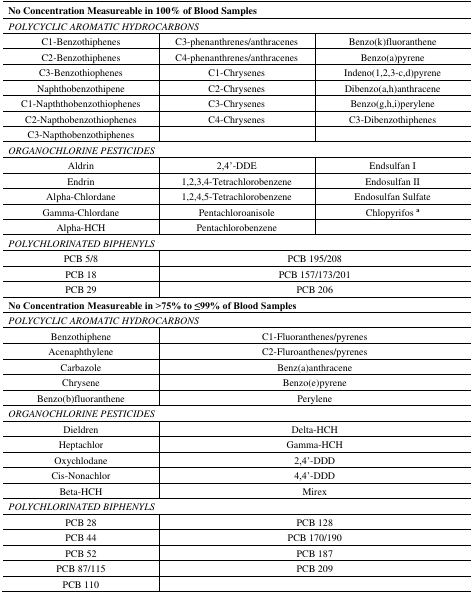
<table><thead><tr><td colspan="3"><b>No Concentration Measureable in 100% of Blood Samples</b></td></tr></thead><tbody><tr><td colspan="3"><i>POLYCYCLIC AROMATIC HYDROCARBONS</i></td></tr><tr><td>C1-Benzothiphenes</td><td>C3-phenanthrenes/anthracenes</td><td>Benzo(k)fluoranthene</td></tr><tr><td>C2-Benzothiphenes</td><td>C4-phenanthrenes/anthracenes</td><td>Benzo(a)pyrene</td></tr><tr><td>C3-Benzothiophenes</td><td>C1-Chrysenes</td><td>Indeno(1,2,3-c,d)pyrene</td></tr><tr><td>Naphthobenzothipene</td><td>C2-Chrysenes</td><td>Dibenzo(a,h)anthracene</td></tr><tr><td>C1-Napththobenzothiophenes</td><td>C3-Chrysenes</td><td>Benzo(g,h,i)perylene</td></tr><tr><td>C2-Napthobenzothiophenes</td><td>C4-Chrysenes</td><td>C3-Dibenzothiphenes</td></tr><tr><td>C3-Napthobenzothiphenes</td><td></td><td></td></tr><tr><td colspan="3"><i>ORGANOCHLORINE PESTICIDES</i></td></tr><tr><td>Aldrin</td><td>2,4’-DDE</td><td>Endsulfan I</td></tr><tr><td>Endrin</td><td>1,2,3,4-Tetrachlorobenzene</td><td>Endosulfan II</td></tr><tr><td>Alpha-Chlordane</td><td>1,2,4,5-Tetrachlorobenzene</td><td>Endosulfan Sulfate</td></tr><tr><td>Gamma-Chlordane</td><td>Pentachloroanisole</td><td>Chlopyrifos <b><sup>a</sup></b></td></tr><tr><td>Alpha-HCH</td><td>Pentachlorobenzene</td><td></td></tr><tr><td colspan="3"><i>POLYCHLORINATED BIPHENYLS</i></td></tr><tr><td>PCB 5/8</td><td colspan="2">PCB 195/208</td></tr><tr><td>PCB 18</td><td colspan="2">PCB 157/173/201</td></tr><tr><td>PCB 29</td><td colspan="2">PCB 206</td></tr><tr><td colspan="3"><b>No Concentration Measureable in &gt;75% to ≤99% of Blood Samples</b></td></tr><tr><td colspan="3"><i>POLYCYCLIC AROMATIC HYDROCARBONS</i></td></tr><tr><td>Benzothiphene</td><td colspan="2">C1-Fluoranthenes/pyrenes</td></tr><tr><td>Acenaphthylene</td><td colspan="2">C2-Fluroanthenes/pyrenes</td></tr><tr><td>Carbazole</td><td colspan="2">Benz(a)anthracene</td></tr><tr><td>Chrysene</td><td colspan="2">Benzo(e)pyrene</td></tr><tr><td>Benzo(b)fluoranthene</td><td colspan="2">Perylene</td></tr><tr><td colspan="3"><i>ORGANOCHLORINE PESTICIDES</i></td></tr><tr><td>Dieldren</td><td colspan="2">Delta-HCH</td></tr><tr><td>Heptachlor</td><td colspan="2">Gamma-HCH</td></tr><tr><td>Oxychlodane</td><td colspan="2">2,4’-DDD</td></tr><tr><td>Cis-Nonachlor</td><td colspan="2">4,4’-DDD</td></tr><tr><td>Beta-HCH</td><td colspan="2">Mirex</td></tr><tr><td colspan="3"><i>POLYCHLORINATED BIPHENYLS</i></td></tr><tr><td>PCB 28</td><td colspan="2">PCB 128</td></tr><tr><td>PCB 44</td><td colspan="2">PCB 170/190</td></tr><tr><td>PCB 52</td><td colspan="2">PCB 187</td></tr><tr><td>PCB 87/115</td><td colspan="2">PCB 209</td></tr><tr><td>PCB 110</td><td colspan="2"></td></tr></tbody></table>